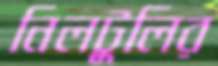
নিলটুলির